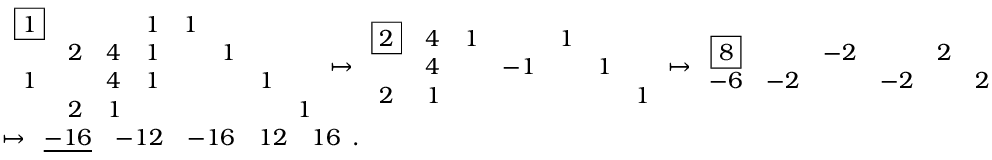
\begin{array} { r l } & { \begin{array} { c c c c c c c c } { \boxed { 1 } } & & & { 1 } & { 1 } & & & \\ & { 2 } & { 4 } & { 1 } & & { 1 } & & \\ { 1 } & & { 4 } & { 1 } & & & { 1 } & \\ & { 2 } & { 1 } & & & & & { 1 } \end{array} \mapsto \begin{array} { c c c c c c c } { \boxed { 2 } } & { 4 } & { 1 } & & { 1 } & & \\ & { 4 } & & { - 1 } & & { 1 } & \\ { 2 } & { 1 } & & & & & { 1 } \end{array} \mapsto \begin{array} { c c c c c c } { \boxed { 8 } } & & { - 2 } & & { 2 } & \\ { - 6 } & { - 2 } & & { - 2 } & & { 2 } \end{array} } \\ & { \mapsto \begin{array} { c c c c c } { \underline { { - 1 6 } } } & { - 1 2 } & { - 1 6 } & { 1 2 } & { 1 6 } \end{array} . } \end{array}